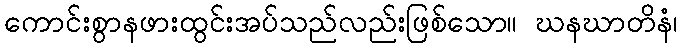
ကောင်းစွာနဖားထွင်းအပ်သည်လည်းဖြစ်သော။ ဃနဃာတိနံ၊